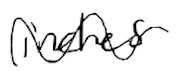
Text: inches
Cross-out: wave
Writing tool: digital_black